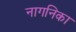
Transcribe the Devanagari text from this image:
नागनिका